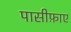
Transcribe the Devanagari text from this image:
पासीफ़ाए